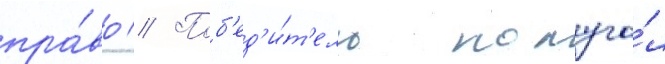
пра́во // Поб'ед'и́т'ель получа́л